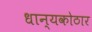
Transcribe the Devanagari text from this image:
धान्यकोठार